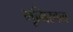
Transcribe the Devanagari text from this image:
भूमिस्वत्व